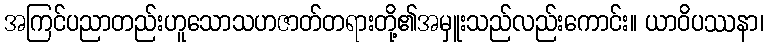
အကြင်ပညာတည်းဟူသောသဟဇာတ်တရားတို့၏အမှူးသည်လည်းကောင်း။ ယာဝိပဿနာ၊